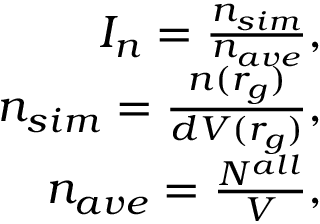
\begin{array} { r } { I _ { n } = \frac { n _ { s i m } } { n _ { a v e } } , } \\ { n _ { s i m } = \frac { n ( r _ { g } ) } { d V ( r _ { g } ) } , } \\ { n _ { a v e } = \frac { N ^ { a l l } } { V } , } \end{array}